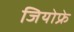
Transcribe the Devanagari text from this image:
जियोफ्रे